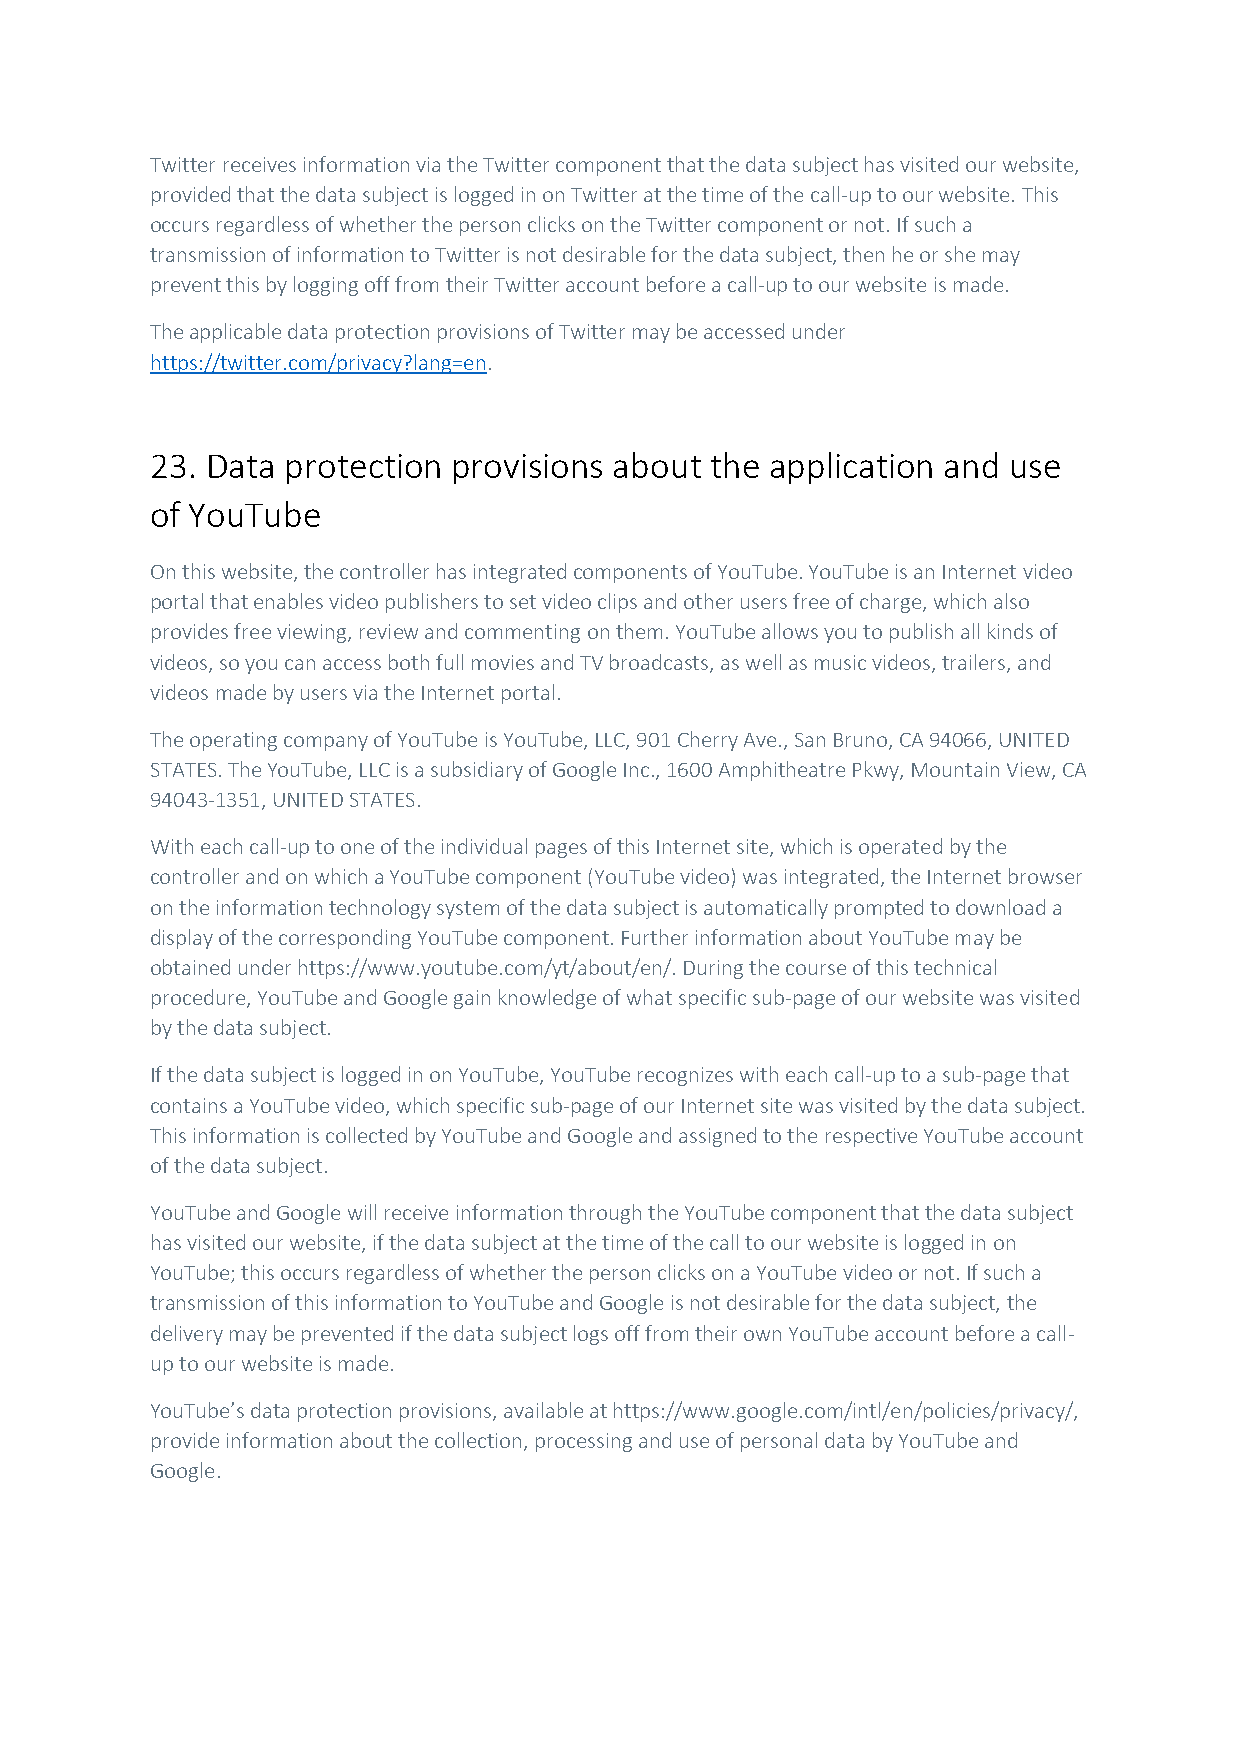
Twitter receives information via the Twitter component that the data subject has visited our website,
 provided that the data subject is logged in on Twitter at the time of the call-up to our website. This
 occurs regardless of whether the person clicks on the Twitter component or not. If such a
 transmission of information to Twitter is not desirable for the data subject, then he or she may
 prevent this by logging off from their Twitter account before a call-up to our website is made.
 The applicable data protection provisions of Twitter may be accessed under
 https://twitter.com/privacy?lang=en.
 23. Data protection provisions about the application and use
 of YouTube
 On this website, the controller has integrated components of YouTube. YouTube is an Internet video
 portal that enables video publishers to set video clips and other users free of charge, which also
 provides free viewing, review and commenting on them. YouTube allows you to publish all kinds of
 videos, so you can access both full movies and TV broadcasts, as well as music videos, trailers, and
 videos made by users via the Internet portal.
 The operating company of YouTube is YouTube, LLC, 901 Cherry Ave., San Bruno, CA 94066, UNITED
 STATES. The YouTube, LLC is a subsidiary of Google Inc., 1600 Amphitheatre Pkwy, Mountain View, CA
 94043-1351, UNITED STATES.
 With each call-up to one of the individual pages of this Internet site, which is operated by the
 controller and on which a YouTube component (YouTube video) was integrated, the Internet browser
 on the information technology system of the data subject is automatically prompted to download a
 display of the corresponding YouTube component. Further information about YouTube may be
 obtained under https://www.youtube.com/yt/about/en/. During the course of this technical
 procedure, YouTube and Google gain knowledge of what specific sub-page of our website was visited
 by the data subject.
 If the data subject is logged in on YouTube, YouTube recognizes with each call-up to a sub-page that
 contains a YouTube video, which specific sub-page of our Internet site was visited by the data subject.
 This information is collected by YouTube and Google and assigned to the respective YouTube account
 of the data subject.
 YouTube and Google will receive information through the YouTube component that the data subject
 has visited our website, if the data subject at the time of the call to our website is logged in on
 YouTube; this occurs regardless of whether the person clicks on a YouTube video or not. If such a
 transmission of this information to YouTube and Google is not desirable for the data subject, the
 delivery may be prevented if the data subject logs off from their own YouTube account before a call-
 up to our website is made.
 YouTube’s data protection provisions, available at https://www.google.com/intl/en/policies/privacy/,
 provide information about the collection, processing and use of personal data by YouTube and
 Google.